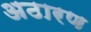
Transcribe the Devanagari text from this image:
अठारण